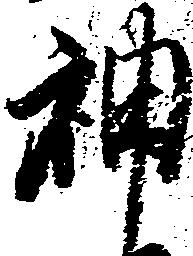
神